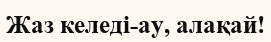
Жаз келедi-ау, алақай!